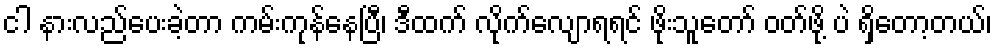
ငါ နားလည်ပေးခဲ့တာ ကမ်းကုန်နေပြီ၊ ဒီထက် လိုက်လျောရရင် ဖိုးသူတော် ဝတ်ဖို့ ပဲ ရှိတော့တယ်၊